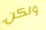
ولكن